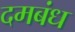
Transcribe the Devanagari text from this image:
दमबंध